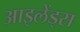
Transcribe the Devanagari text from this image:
आइलेंड्स